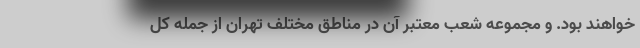
خواهند بود. و مجموعه شعب معتبر آن در مناطق مختلف تهران از جمله کل